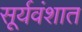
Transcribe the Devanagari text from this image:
सूर्यवंशात